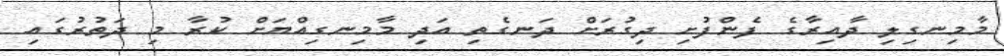
މާމިނގިލި ދާއިރާގެ ފެންފުށި ދިގުރަށް ދަނގެތި އަދި މާމިނގިއްޔަށް ކުރާ މި ދަތުރުގައި